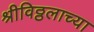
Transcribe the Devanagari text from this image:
श्रीविठ्ठलाच्या